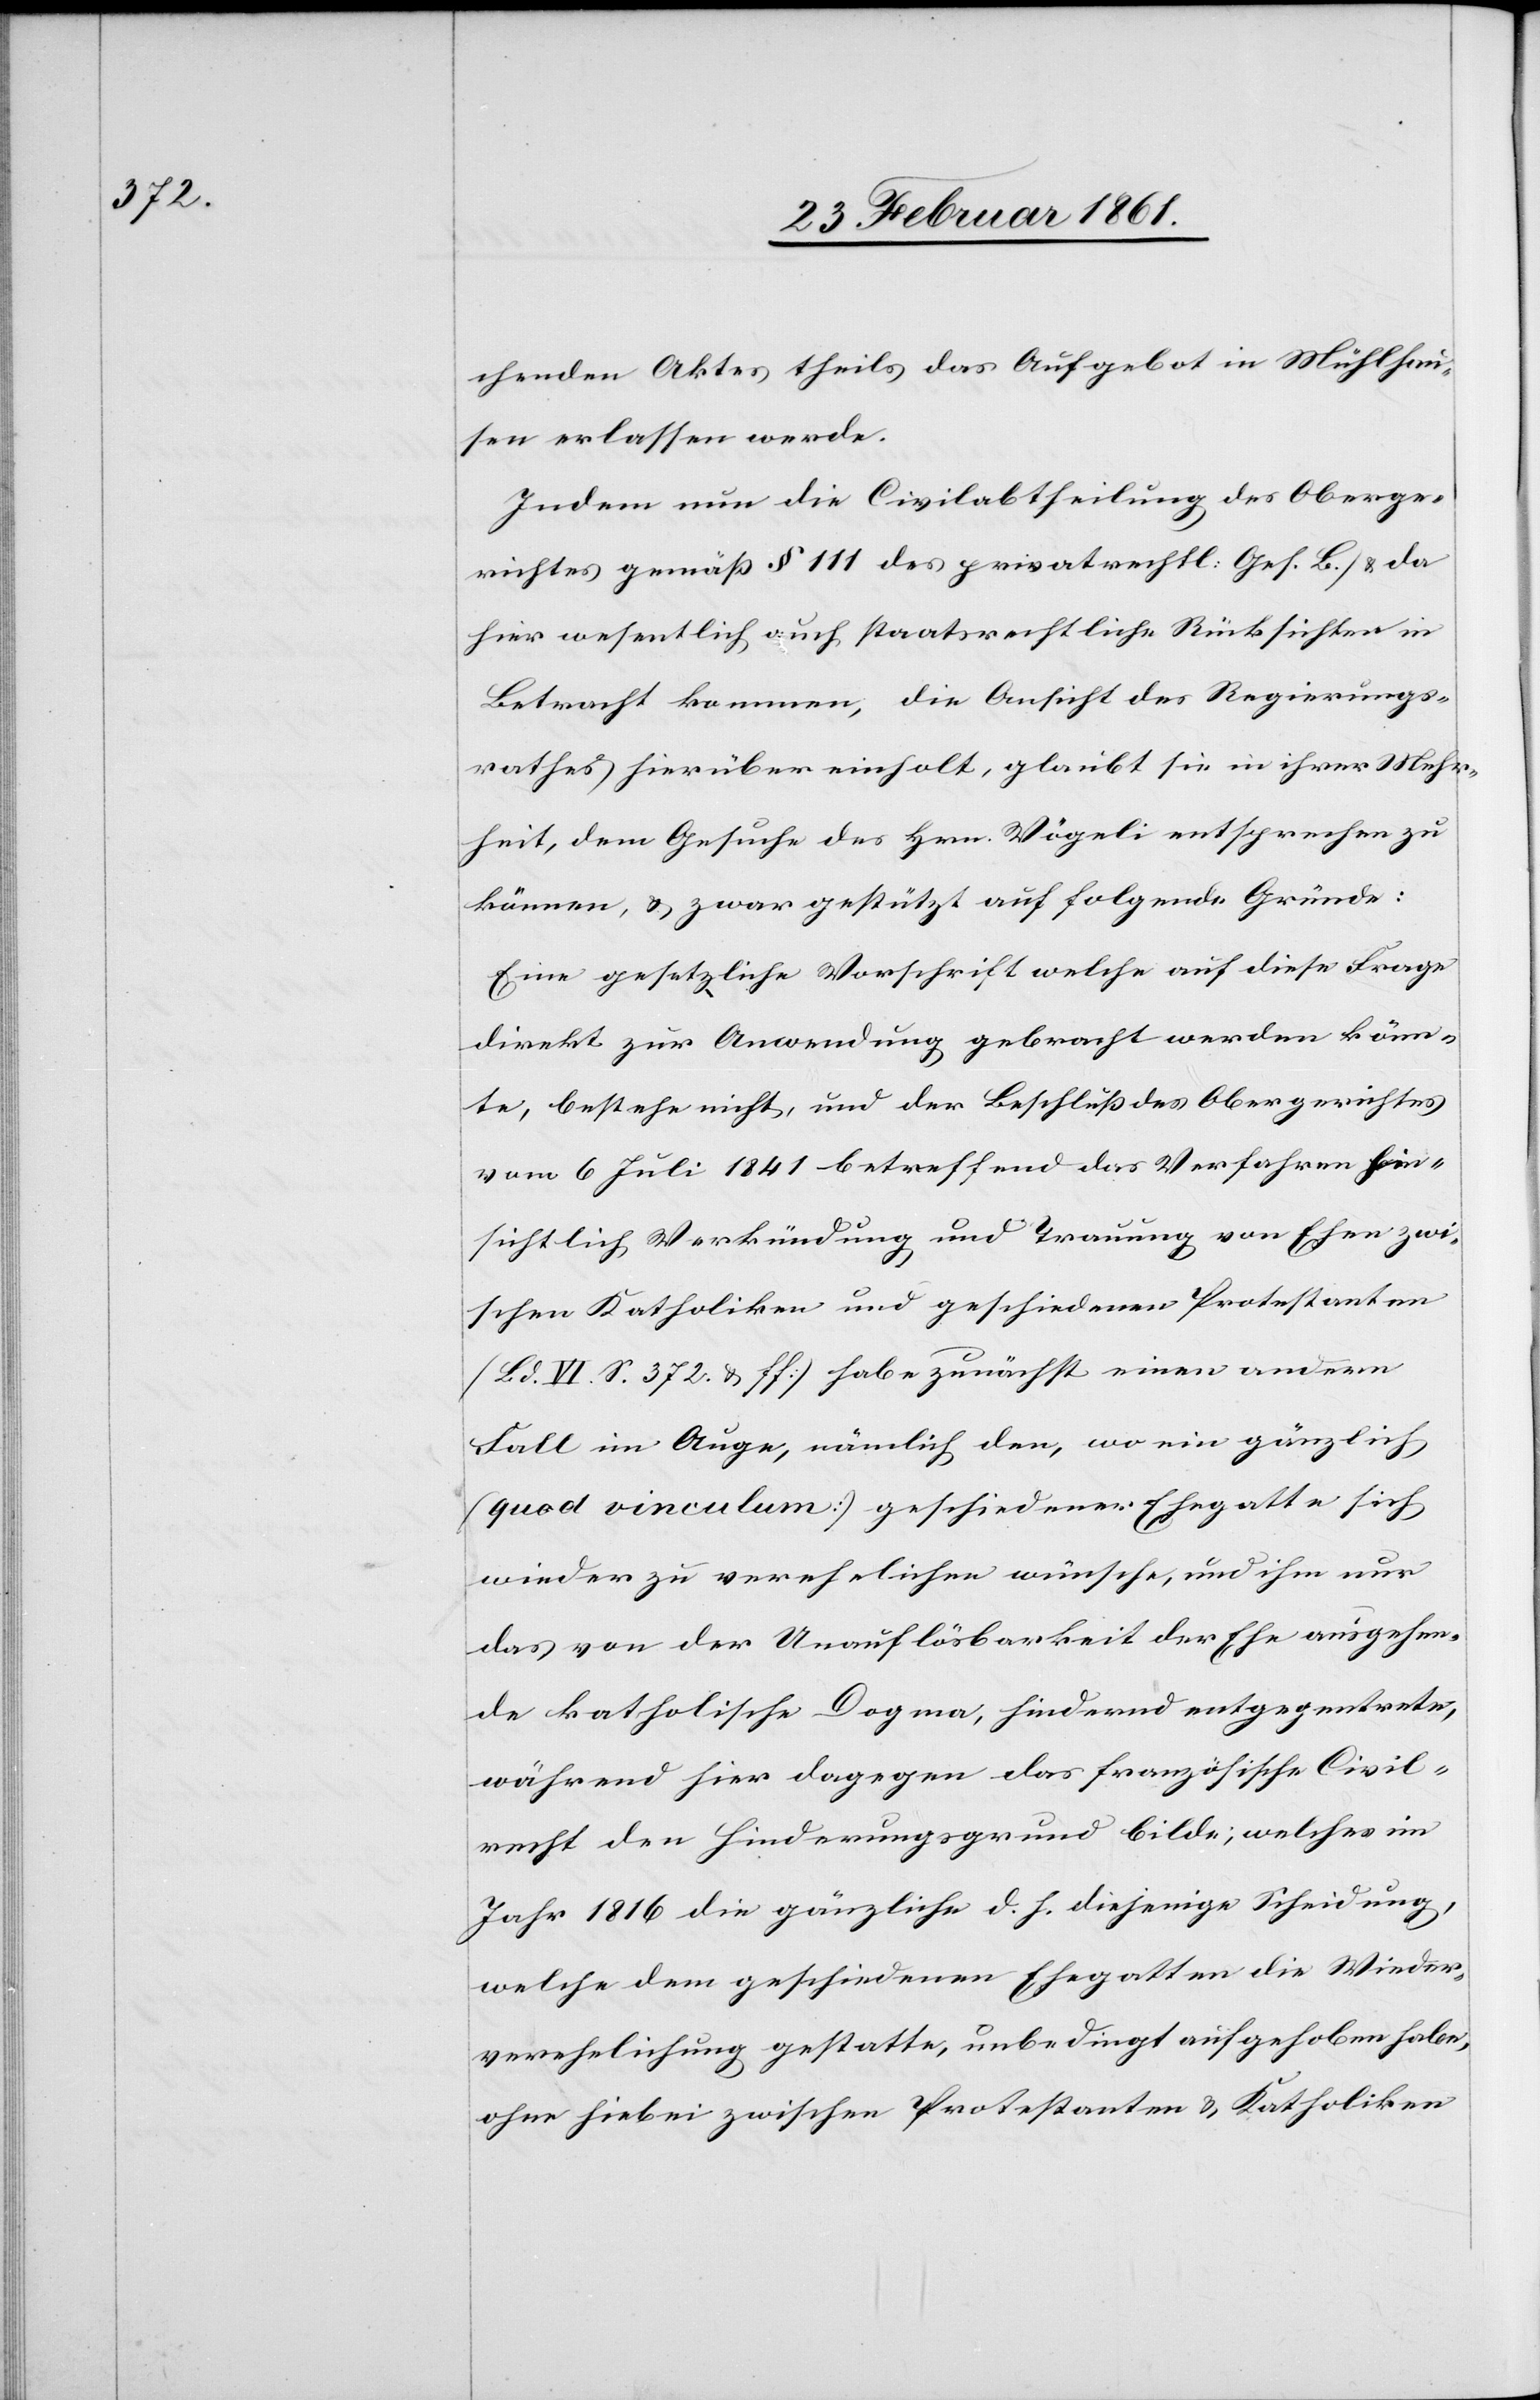
chenden Aktes theils das Aufgebot in Mühlhau¬
sen erlassen werde.
Indem nun die Civilabtheilung des Oberge¬
richtes gemäss § 111 des privatrechtl: Ges: B., u. da
hier wesentlich auch staatsrechtliche Rücksichten in
Betracht kommen, die Ansicht des Regierungs¬
rathes hierüber einholt, glaubt sie in ihrer Mehr¬
heit, dem Gesuche des Hrn. Vögeli entsprechen zu
können, u. zwar gestützt auf folgende Gründe:
Eine gesetzliche Vorschrift welche auf diese Frage
direkt zur Anwendung gebracht werden könn¬
te, bestehe nicht, und der Beschluss des Obergerichtes
vom 6. Juli 1841 betreffend das Verfahren hin¬
sichtlich Verkündigung und Trauung von Ehen zwi¬
schen Katholiken und geschiedenen Protestanten
(Bd. VI. S. 372 u. ff.) habe zunächst einen andern
Fall im Auge, nämlich den, wo ein gänzlich
(quod vinculum) geschiedener Ehegatte sich
wieder zu verehelichen wünsche, und ihm nur
das von der Unauflösbarkeit der Ehe ausgehen¬
de katholische Dogma, hindernd entgegentrete,
während hier dagegen das französische Civil¬
recht den Hinderungsgrund bilde, welcher im
Jahr 1816 die gänzliche d. h. diejenige Scheidung,
welche dem geschiedenen Ehegatten die Wieder¬
verehelichung gestatte, unbedingt aufgehoben habe,
ohne hiebei zwischen Protestanten u. Katholiken